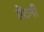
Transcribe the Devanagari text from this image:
ऐंटनी